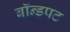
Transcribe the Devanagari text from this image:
बॉन्डपट